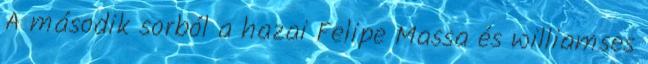
A második sorból a hazai Felipe Massa és williamses